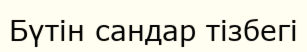
Бүтін сандар тізбегі